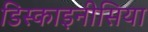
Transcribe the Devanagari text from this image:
डिस्काइनीसिया